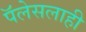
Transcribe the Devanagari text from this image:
पॅलेसलाही